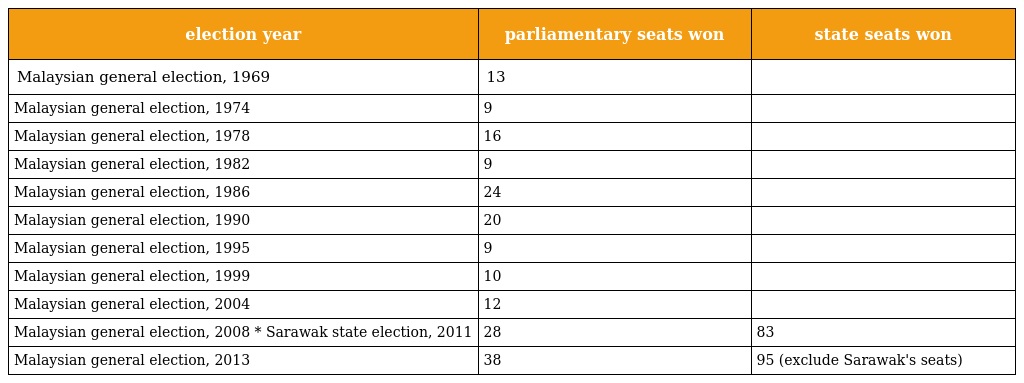
| election year | parliamentary seats won | state seats won |
 | --- | --- | --- |
 | Malaysian general election, 1969 | 13 |  |
 | Malaysian general election, 1974 | 9 |  |
 | Malaysian general election, 1978 | 16 |  |
 | Malaysian general election, 1982 | 9 |  |
 | Malaysian general election, 1986 | 24 |  |
 | Malaysian general election, 1990 | 20 |  |
 | Malaysian general election, 1995 | 9 |  |
 | Malaysian general election, 1999 | 10 |  |
 | Malaysian general election, 2004 | 12 |  |
 | Malaysian general election, 2008 * Sarawak state election, 2011 | 28 | 83 |
 | Malaysian general election, 2013 | 38 | 95 (exclude Sarawak's seats) |